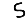
Digit: 5